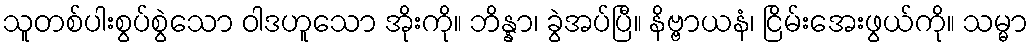
သူတစ်ပါးစွပ်စွဲသော ဝါဒဟူသော အိုးကို။ ဘိန္နာ၊ ခွဲအပ်ပြီ။ နိဗ္ဗာယနံ၊ ငြိမ်းအေးဖွယ်ကို။ သမ္မာ